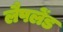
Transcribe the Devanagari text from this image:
लैपलेंड